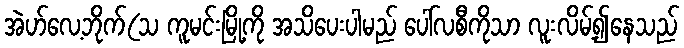
အဲဟ်လေ့ဘိုက်(သ ကူမင်းမြို့ကို အသိပေးပါမည် ပေါ်လစီကိုသာ လူးလိမ့်၍နေသည်